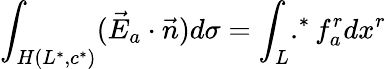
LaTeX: \int_{H(L^{*},c^{*})}(\vec{E}_{a}\cdot\vec{n})d\sigma=\int_{L}.^{*}f_{a}^{r}dx^{r}